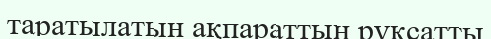
таратылатын ақпараттың рұқсатты